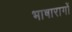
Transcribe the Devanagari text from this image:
भाषारागों